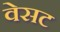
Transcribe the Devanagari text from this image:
वेसट